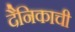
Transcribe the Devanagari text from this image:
दैनिकाची